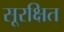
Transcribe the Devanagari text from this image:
सूरक्षित